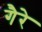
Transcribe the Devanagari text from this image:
गैरे